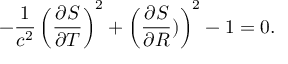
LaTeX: - \frac { 1 } { c ^ { 2 } } \left( \frac { \partial S } { \partial T } \right) ^ { 2 } + \left( \frac { \partial S } { \partial R } ) \right) ^ { 2 } - 1 = 0 .